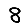
Digit: 8